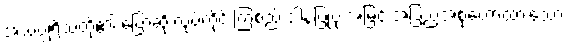
အသပ္ပုရိသတို့၏ ပြောဆို လုပ်ကိုင် ကြံစည် ဒါနပြုပုံ အမြင် အပြည့်အစုံဟောထားသော